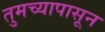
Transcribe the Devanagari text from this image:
तुमच्यापासून